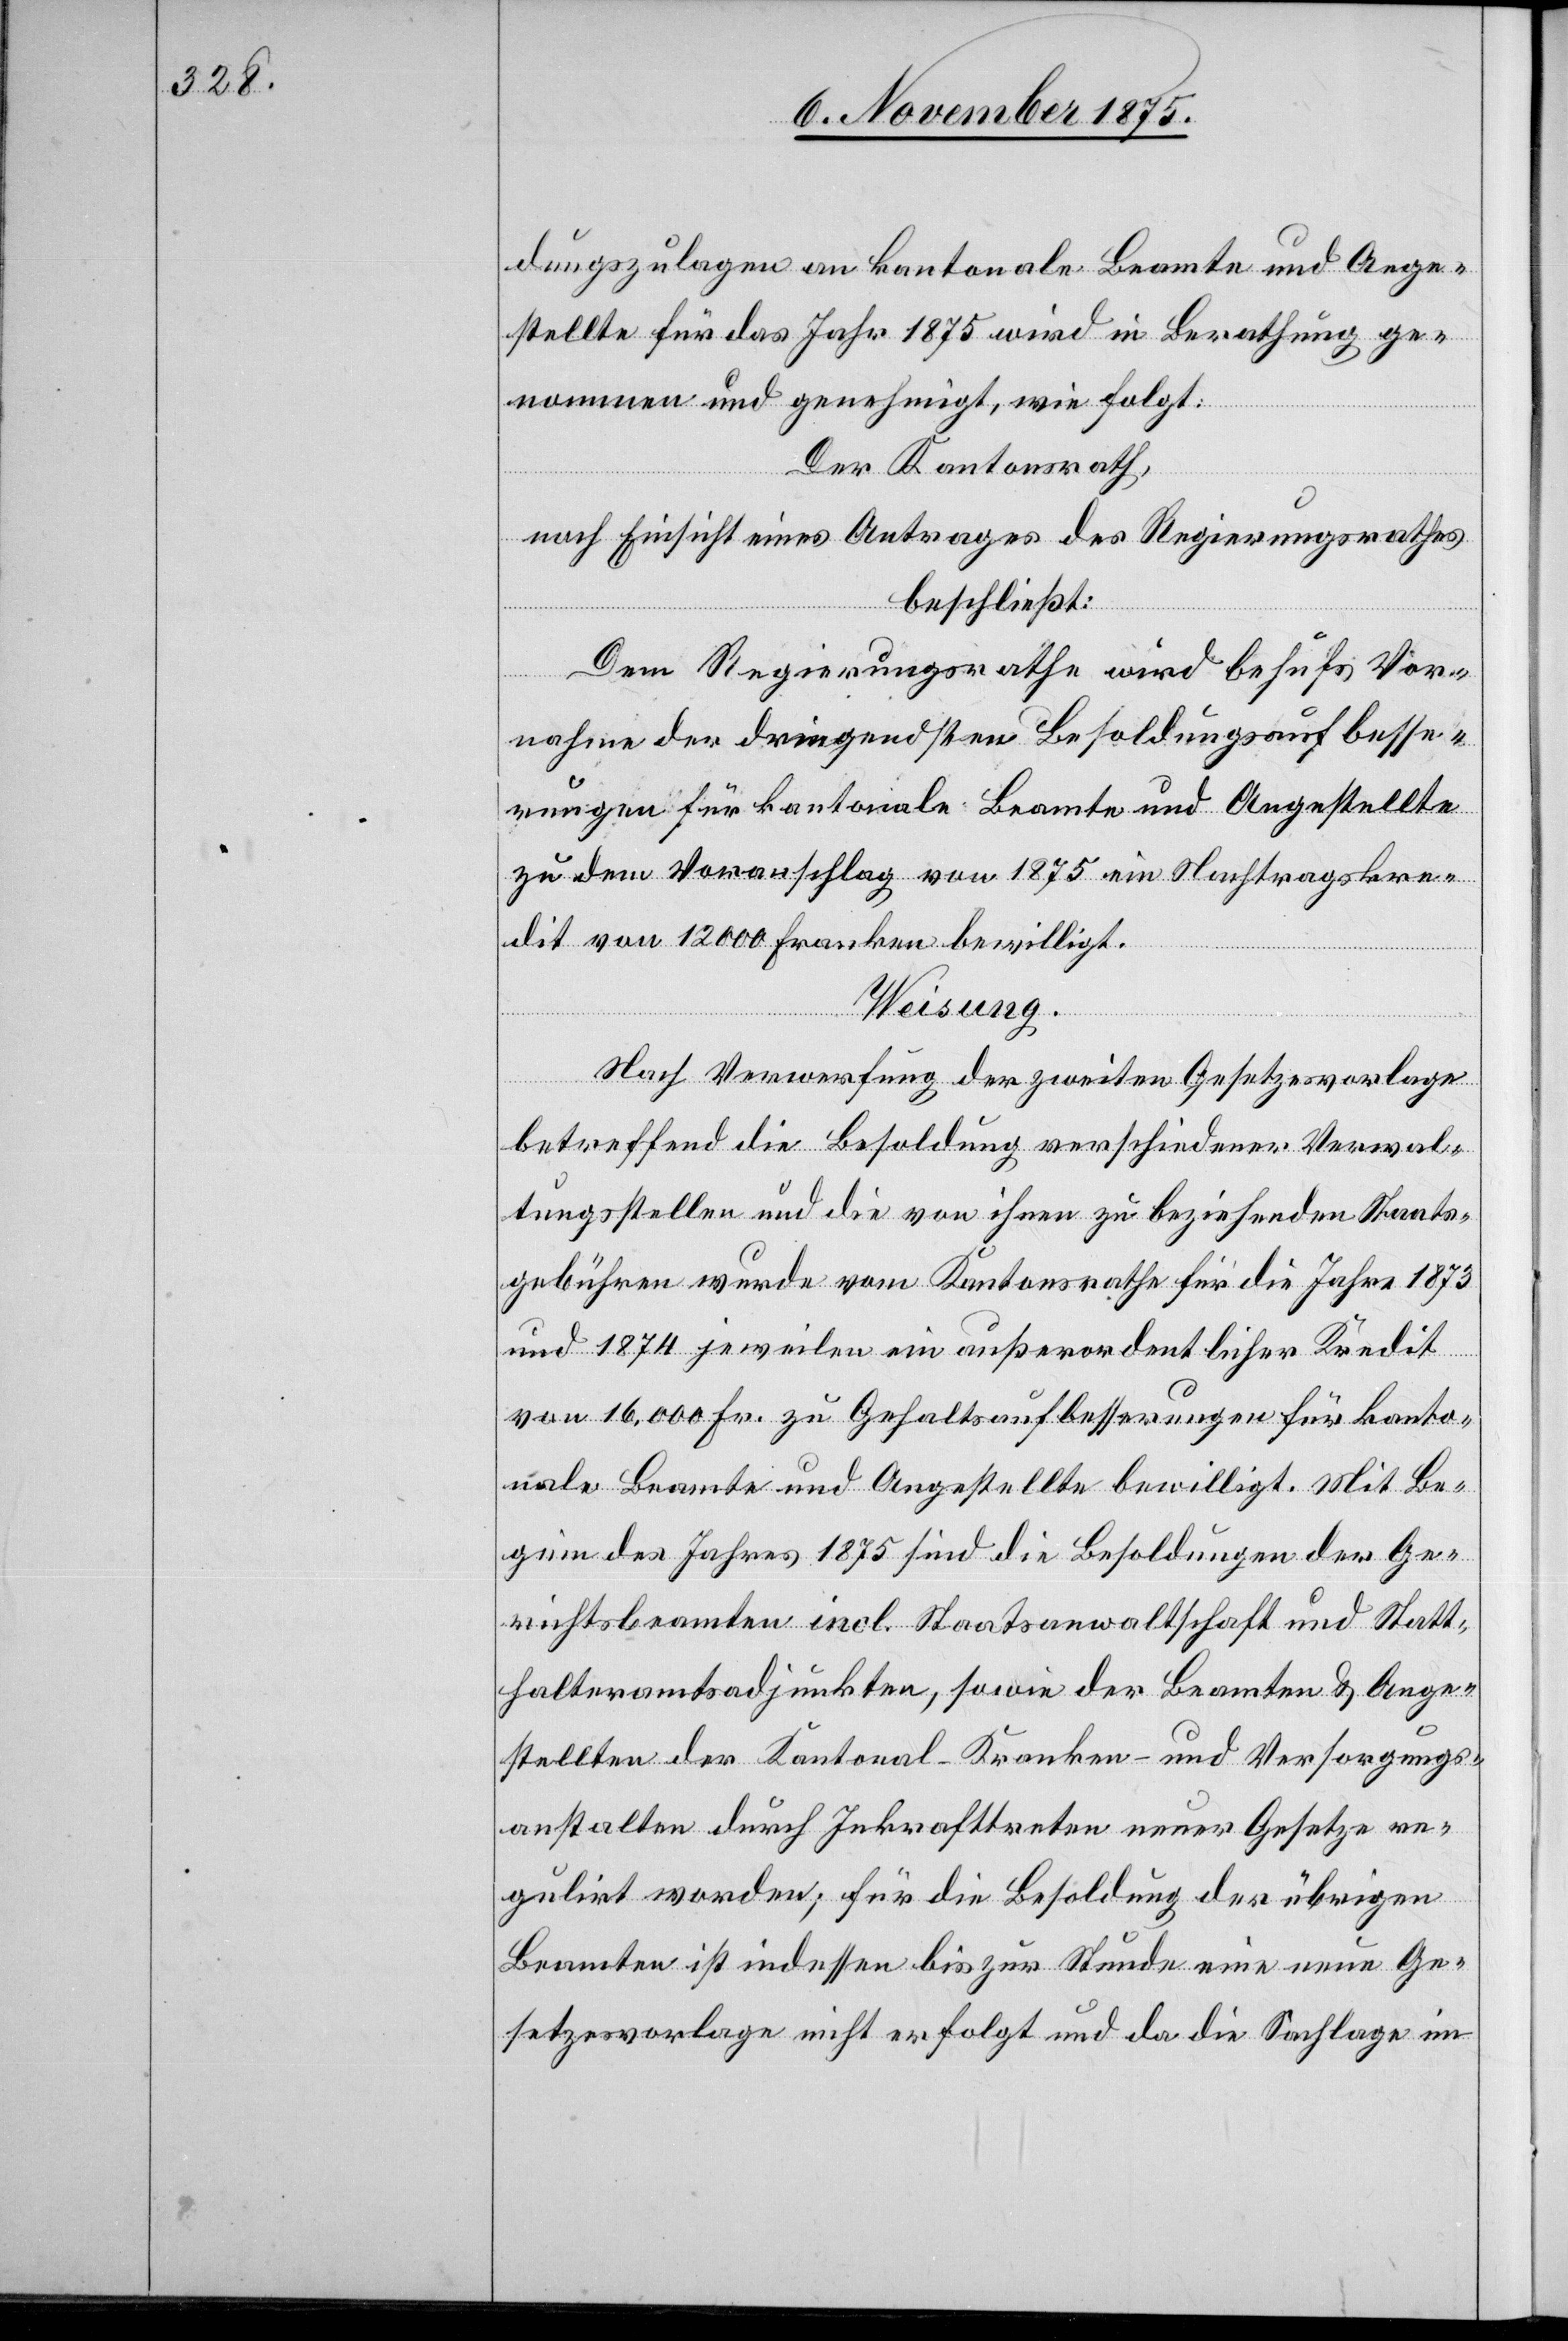
dungszulagen an kantonale Beamte und Ange¬
stellte für das Jahr 1875 wird in Berathung ge¬
nommen und genehmigt, wie folgt:
Der Kantonsrath,
nach Einsicht eines Antrages des Regierungsrathes
beschließt:
Dem Regierungsrathe wird behufs Vor¬
nahme der dringendsten Besoldungsaufbesse¬
rungen für kantonale Beamte und Angestellte
zu dem Voranschlag von 1875 ein Nachtragskre¬
dit von 12,000 Fr. bewilligt.
Weisung.
Nach Verwerfung der zweiten Gesetzesvorlage
betreffend die Besoldung verschiedener Verwal¬
tungsstellen und die von ihnen zu beziehenden Staats¬
gebühren wurde vom Kantonsrathe für die Jahre 1873
und 1874 jeweilen ein außerordentlicher Kredit
von 16,000 Fr. zu Gehaltsaufbesserungen für kanto¬
nale Beamte und Angestellte bewilligt. Mit Be¬
ginn des Jahres 1875 sind die Besoldungen der Ge¬
richtsbeamten incl. Staatsanwaltschaft und Statt¬
halteramtsadjunkten, sowie der Beamten & Ange¬
stellten der Kantonal-Kranken- und Versorgungs¬
anstalten durch Inkrafttreten neuer Gesetze re¬
gulirt worden; für die Besoldung der übrigen
Beamten ist indessen bis zur Stunde eine neue Ge¬
setzesvorlage nicht erfolgt und da die Sachlage im